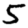
Digit: 5